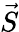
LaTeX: \vec{S}